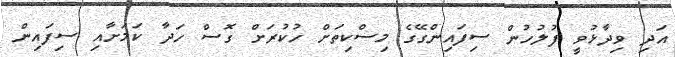
އަދި ވިދާޅުވީ ފުލުހުން ސިފައިންގޭގެ މިސްކިތަށް ހުކުރަށް ގޮސް ހަދާ ކަމަށާއި ސިފައިން